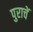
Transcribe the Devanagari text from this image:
पुराचें